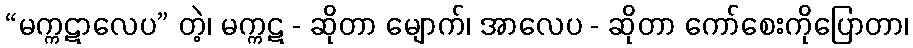
“မက္ကဋာလေပ” တဲ့၊ မက္ကဋ - ဆိုတာ မျောက်၊ အာလေပ - ဆိုတာ ကော်စေးကိုပြောတာ၊